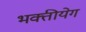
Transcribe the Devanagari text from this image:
भक्तीयेग